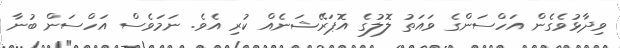
ވިދާޅުވެގެން އަހްސަންގެ ވައަތު ލޮލުގެ އޮޕަރޭޝަނެއް ކުރި އެވެ. ނަމަވެސް އަހްސަން ބުނާ